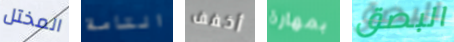
المختل التامة أخفف بمهارة البصق